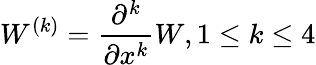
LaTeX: W^{(k)}=\frac{\partial^{k}}{\partial x^{k}}W,1\leq k\leq 4